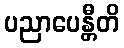
ပညာပေန္တီတိ